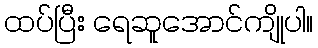
ထပ်ပြီး ရေဆူအောင်ကျိုပါ။